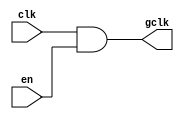
module clock_gating(
    input wire clk,      // Primary clock signal
    input wire en,       // Enable signal
    output wire gclk     // Gated clock signal
);

// AND gate to combine clock and enable signal
assign gclk = clk & en;

endmodule